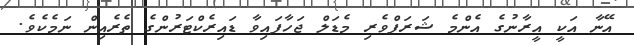
އޭނާ އަކީ އީރާނުގެ އެންމެ ޝަރަފްވެރި މެޑަލް ޖަހާފައިވާ ޑައިރެކްޓަރުންގެ ތެރެއިން ނަމެކެވެ.